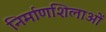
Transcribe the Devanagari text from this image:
निर्माणशिलाओं